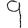
Digit: 9